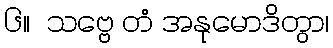
၆။  သဗ္ဗေ တံ အနုမောဒိတွာ၊